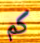
كم